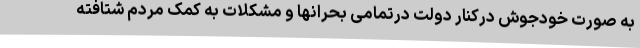
به صورت خودجوش درکنار دولت درتمامی بحرانها و مشکلات به کمک مردم شتافته